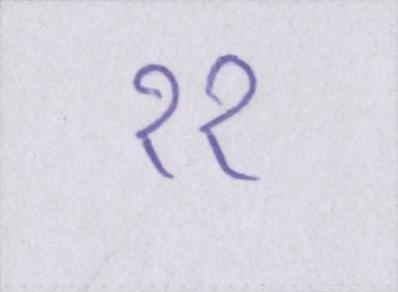
११